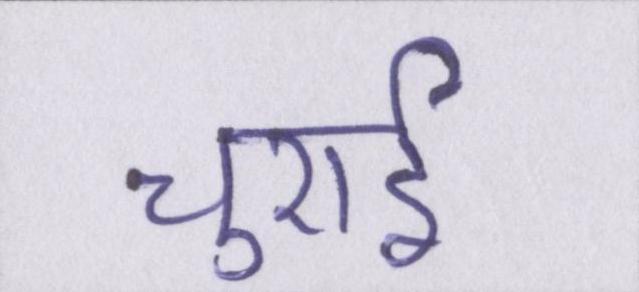
चुराई